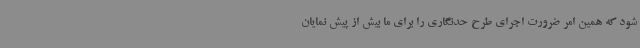
شود که همین امر ضرورت اجرای طرح حدنگاری را برای ما بیش از پیش نمایان